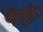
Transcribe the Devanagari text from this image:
यऍ